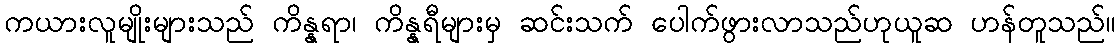
ကယားလူမျိုးများသည် ကိန္နရာ၊ ကိန္နရီများမှ ဆင်းသက် ပေါက်ဖွားလာသည်ဟုယူဆ ဟန်တူသည်။